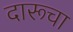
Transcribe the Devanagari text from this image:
दारूचा